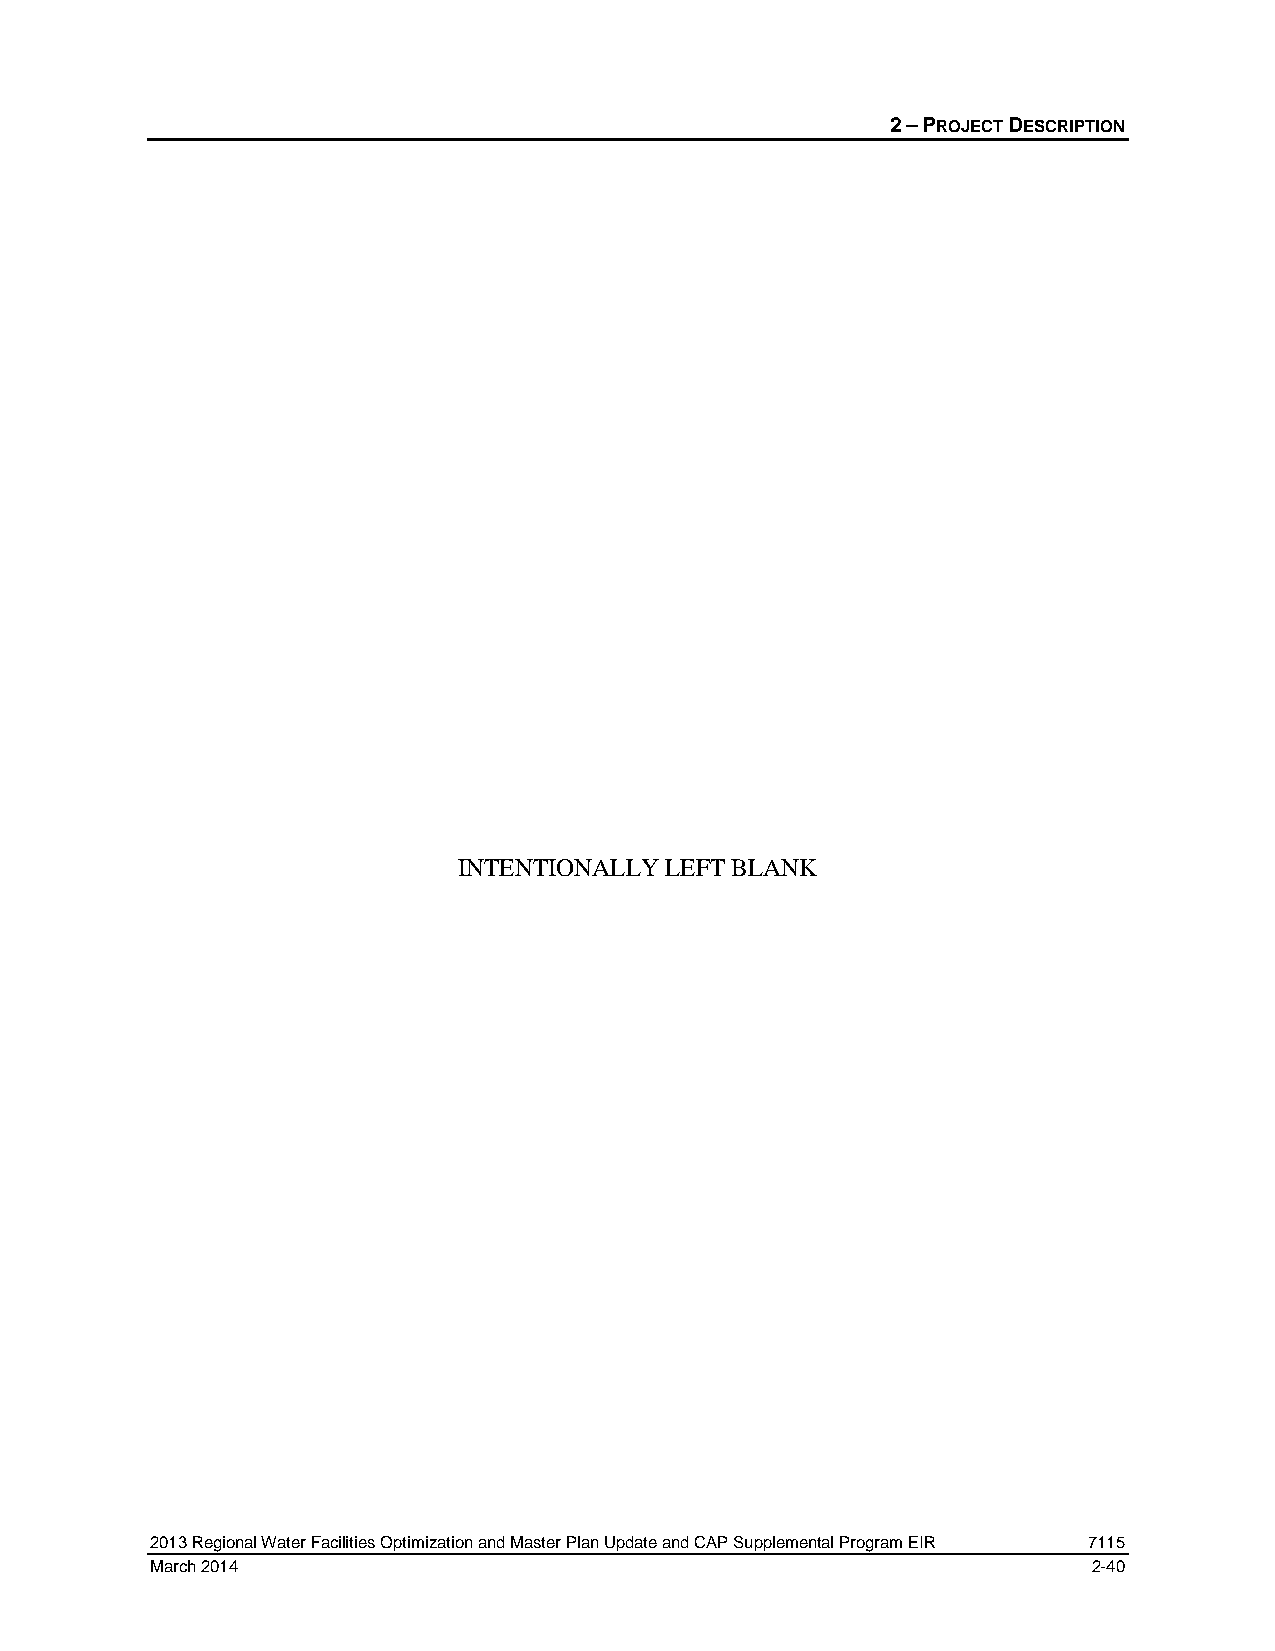
2 – PROJECT DESCRIPTION
 INTENTIONALLY LEFT BLANK
 2013 Regional Water Facilities Optimization and Master Plan Update and CAP Supplemental Program EIR 7115
 March 2014                                                    2-40